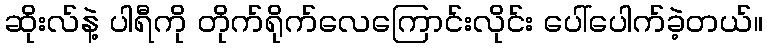
ဆိုးလ်နဲ့ ပါရီကို တိုက်ရိုက်လေကြောင်းလိုင်း ပေါ်ပေါက်ခဲ့တယ်။